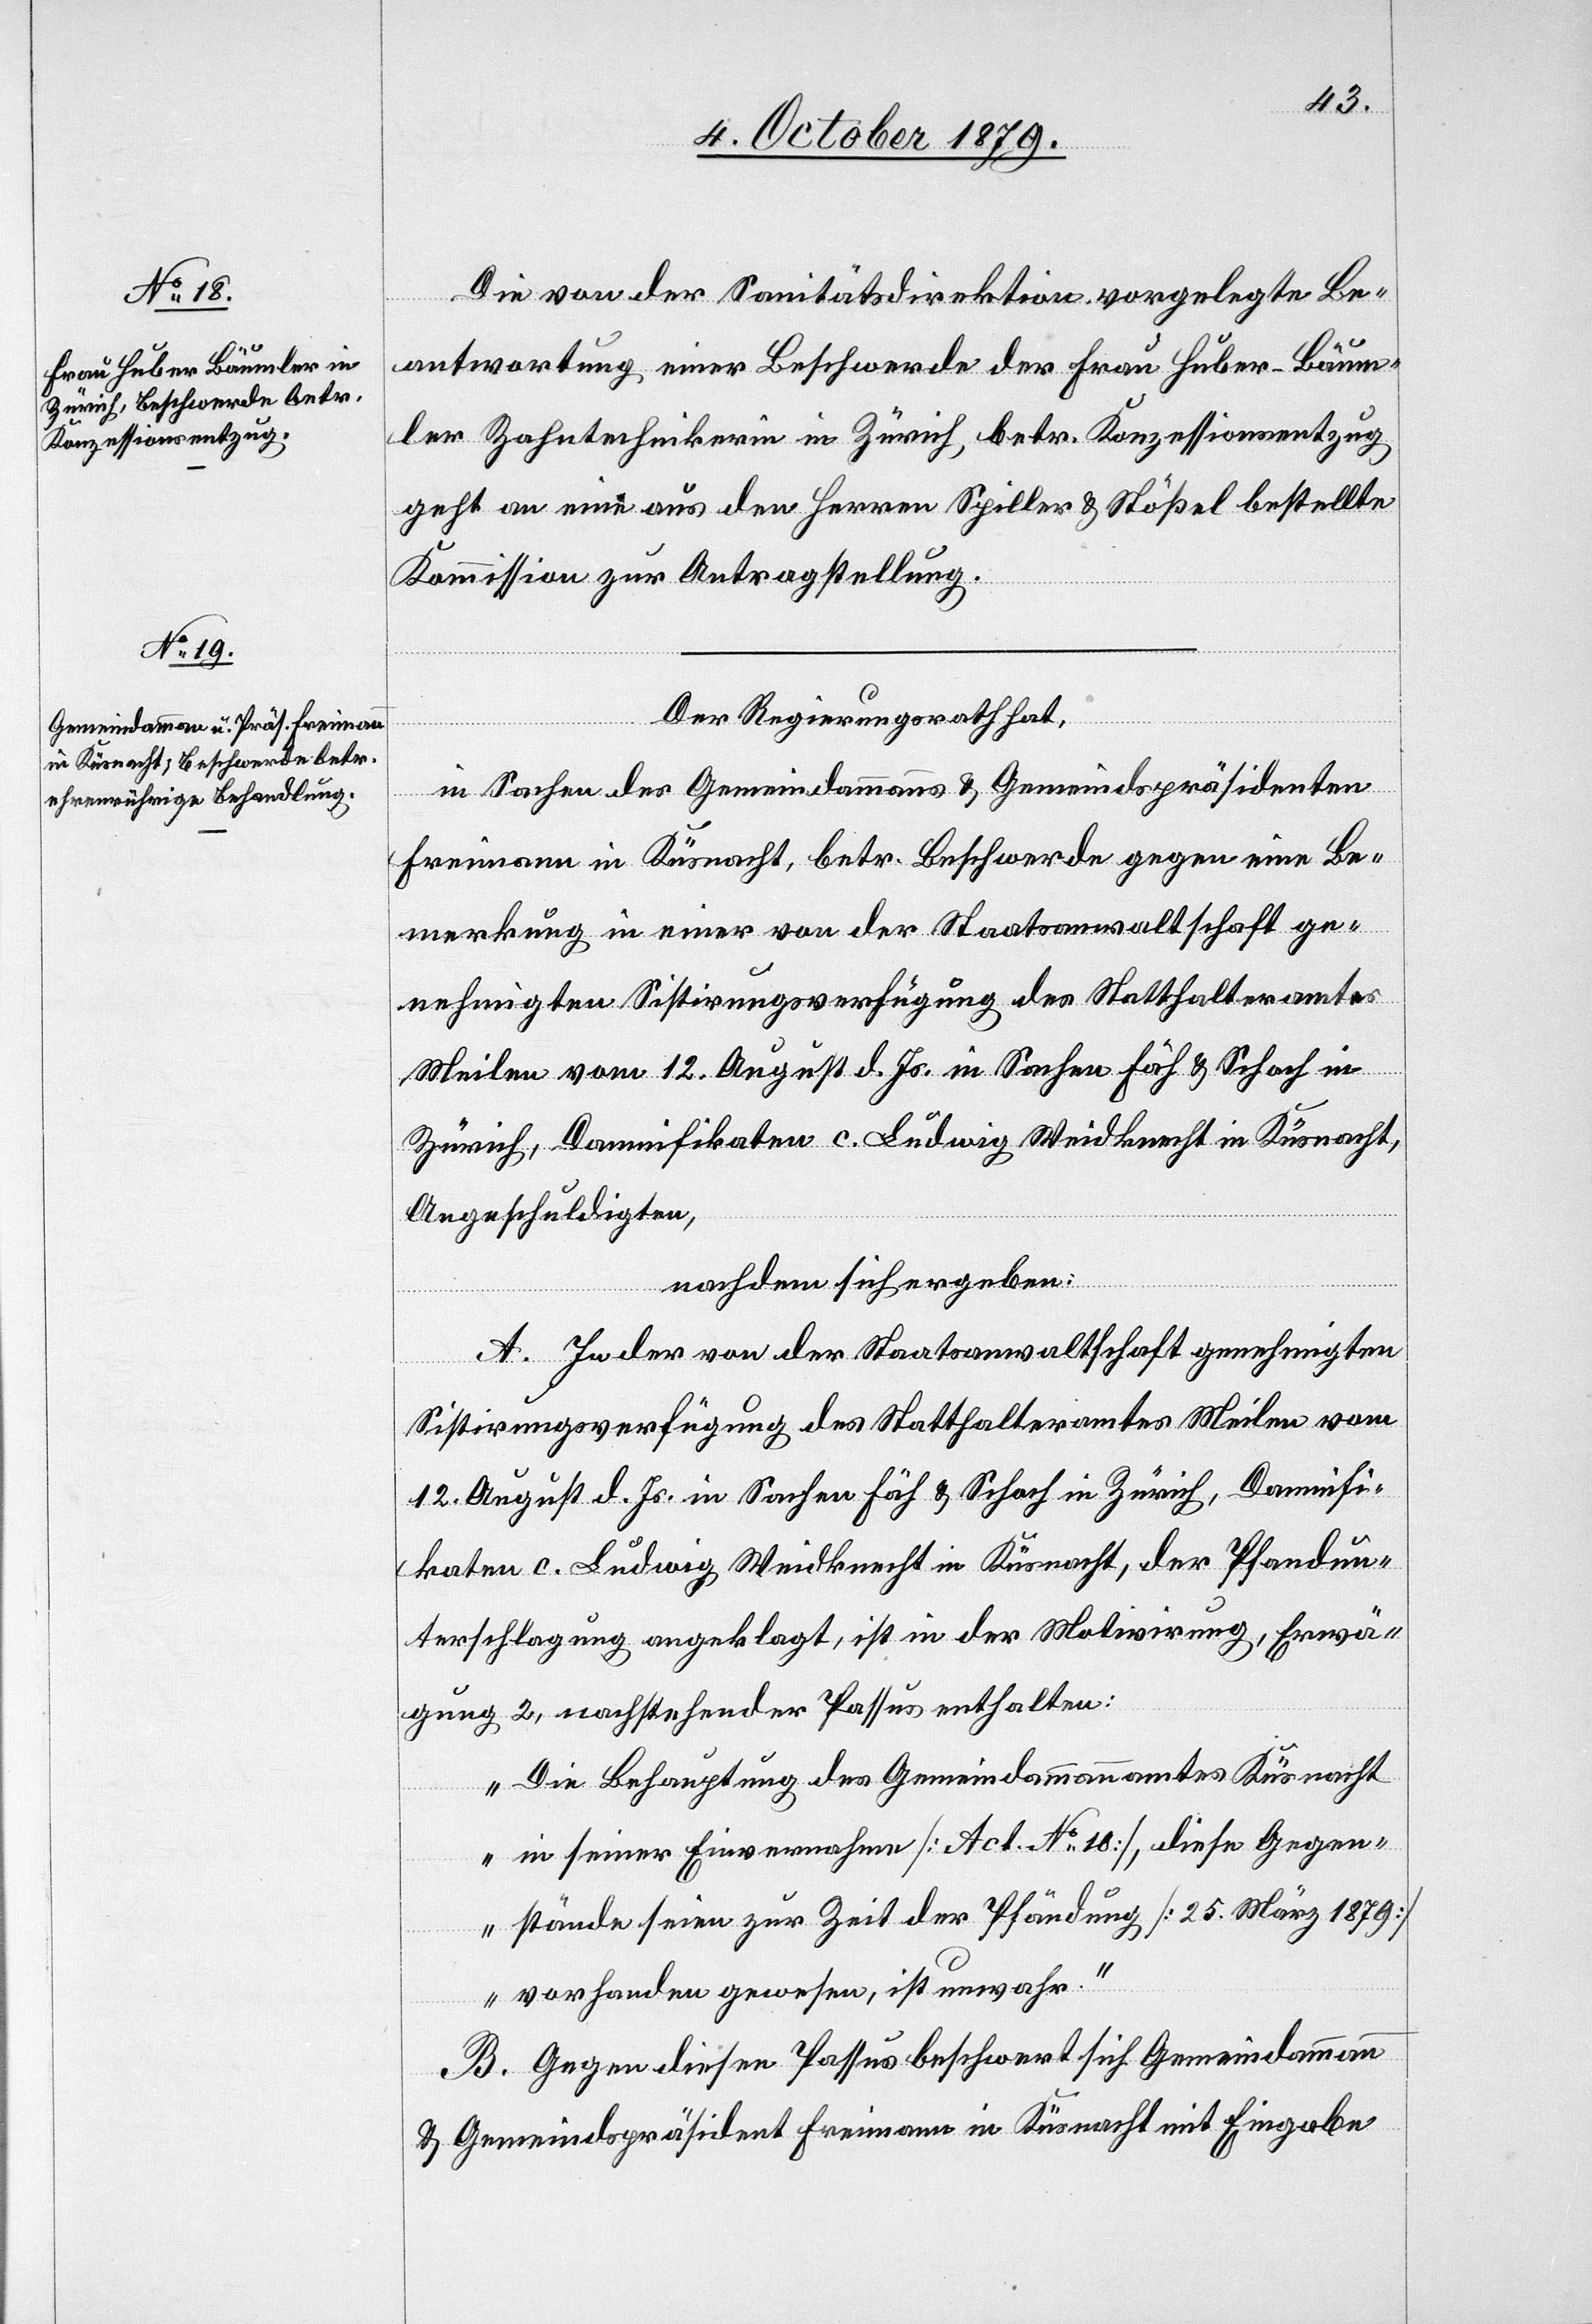
Die von der Sanitätsdirektion vorgelegte Be¬
antwortung einer Beschwerde der Frau Huber-Bäum¬
ler Zahntechnikerin in Zürich, betr. Konzessionsnutzung
geht an eine aus den Herren Spiller & Stößel bestellte
Kommission zur Antragstellung.
Der Regierungsrath hat,
in Sachen des Gemeindeammanns & Gemeindepräsidenten
Freimann in Küsnacht, betr. Beschwerde gegen eine Be¬
merkung in einer von der Staatsanwaltschaft ge¬
nehmigten Sistirungsverfügung des Statthalteramtes
Meilen vom 12. August d. Js. in Sachen Fäh & Schach in
Zürich, Damnifikaten c. Ludwig Weidknecht in Küsnacht,
Angeschuldigten,
nachdem sich ergeben:
A. In der von der Staatsanwaltschaft genehmigten
Sistirungsverfügung des Statthalteramtes Meilen vom
12. August d. Js. in Sachen Fäh & Schach in Zürich, Damnifi¬
katen c. Ludwig Weidknecht in Küsnacht, der Pfandun¬
terschlagung angeklagt, ist in der Motivirung, Erwä¬
gung 2, nachstehender Passus enthalten:
„Die Behauptung des Gemeindammannamtes Küsnacht
in seiner Einvernahme [Act. No 10], diese Gegen¬
stände seien zur Zeit der Pfändung [25. März 1879]
vorhanden gewesen, ist unwahr.“
B. Gegen diesen Passus beschwert sich Gemeindammann
& Gemeindspräsident Freimann in Küsnacht mit Eingabe